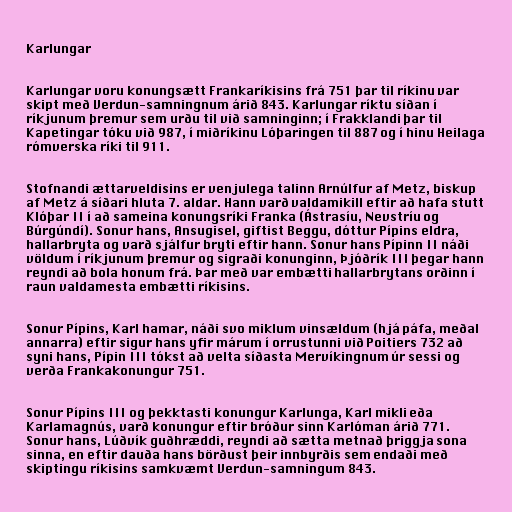
Karlungar

Karlungar voru konungsætt Frankaríkisins frá 751 þar til ríkinu var
skipt með Verdun-samningnum árið 843. Karlungar ríktu síðan í
ríkjunum þremur sem urðu til við samninginn; í Frakklandi þar til
Kapetingar tóku við 987, í miðríkinu Lóþaringen til 887 og í hinu Heilaga
rómverska ríki til 911.

Stofnandi ættarveldisins er venjulega talinn Arnúlfur af Metz, biskup
af Metz á síðari hluta 7. aldar. Hann varð valdamikill eftir að hafa stutt
Klóþar II í að sameina konungsríki Franka (Ástrasíu, Nevstríu og
Búrgúndí). Sonur hans, Ansugisel, giftist Beggu, dóttur Pípins eldra,
hallarbryta og varð sjálfur bryti eftir hann. Sonur hans Pípinn II náði
völdum í ríkjunum þremur og sigraði konunginn, Þjóðrík III þegar hann
reyndi að bola honum frá. Þar með var embætti hallarbrytans orðinn í
raun valdamesta embætti ríkisins.

Sonur Pípins, Karl hamar, náði svo miklum vinsældum (hjá páfa, meðal
annarra) eftir sigur hans yfir márum í orrustunni við Poitiers 732 að
syni hans, Pípin III tókst að velta síðasta Mervíkingnum úr sessi og
verða Frankakonungur 751.

Sonur Pípins III og þekktasti konungur Karlunga, Karl mikli eða
Karlamagnús, varð konungur eftir bróður sinn Karlóman árið 771.
Sonur hans, Lúðvík guðhræddi, reyndi að sætta metnað þriggja sona
sinna, en eftir dauða hans börðust þeir innbyrðis sem endaði með
skiptingu ríkisins samkvæmt Verdun-samningum 843.